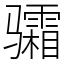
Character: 骦